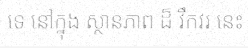
ទេ នៅក្នុង ស្ថានភាព ដ៏ វឹកវរ នេះ